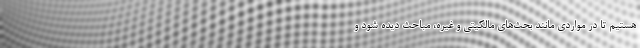
هستیم تا در مواردی مانند بحث‌های مالکیتی و غیره، مباحث دیده شود و